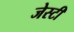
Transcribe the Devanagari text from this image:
जेस्टी